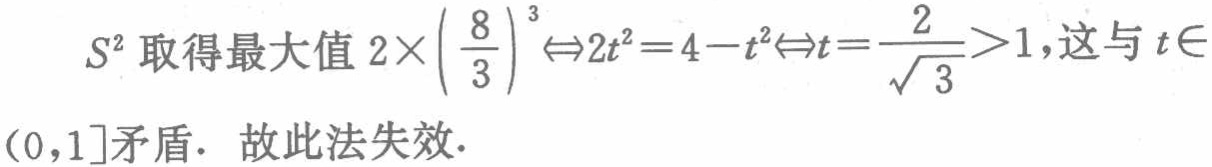
$S^{2}$取得最大值$2\times\left(\frac{8}{3}\right)^{3}\Leftrightarrow 2t^{2}=4 - t^{2}\Leftrightarrow t=\frac{2}{\sqrt{3}}>1$，这与$t\in(0,1]$矛盾. 故此法失效.